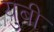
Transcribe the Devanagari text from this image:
युबी